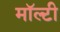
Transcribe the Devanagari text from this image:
मॉल्टी